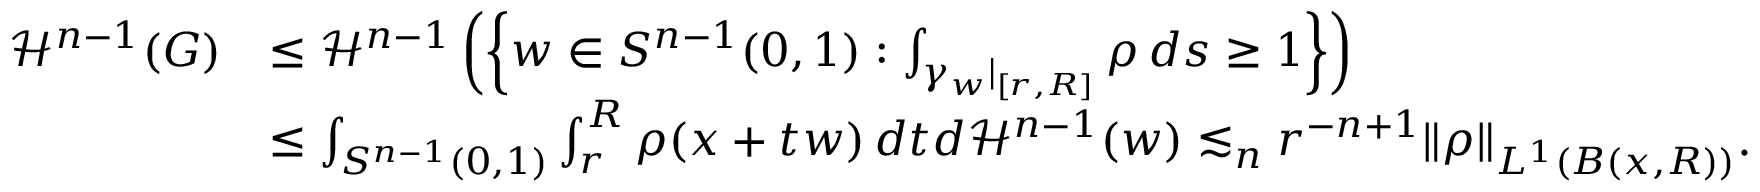
\begin{array} { r l } { \mathscr H ^ { n - 1 } ( G ) } & { \leq \mathscr H ^ { n - 1 } \left( \left\{ w \in S ^ { n - 1 } ( 0 , 1 ) : \int _ { \gamma _ { w } | _ { [ r , R ] } } \rho \, d s \geq 1 \right\} \right) } \\ & { \leq \int _ { S ^ { n - 1 } ( 0 , 1 ) } \int _ { r } ^ { R } \rho ( x + t w ) \, d t d \mathscr H ^ { n - 1 } ( w ) \lesssim _ { n } r ^ { - n + 1 } \| \rho \| _ { L ^ { 1 } ( B ( x , R ) ) } . } \end{array}